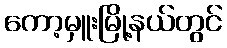
ကော့မှူးမြို့နယ်တွင်